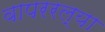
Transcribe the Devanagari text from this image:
वापररल्या